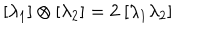
LaTeX: [ \lambda _ { 1 } ] \otimes [ \lambda _ { 2 } ] = 2 \ [ \lambda _ { 1 } \lambda _ { 2 } ]